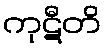
ကုဋီတိ